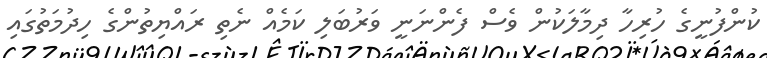
ކުންފުނީގެ ހުރިހާ ދިމާލަކުން ވެސް ފެންނަނީ ވަރުބަލި ކަމެއް ނެތި ރައްޔިތުންގެ ހިދުމަތުގައި